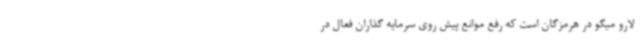
لارو میگو در هرمزگان است که رفع موانع پیش روی سرمایه گذاران فعال در